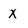
Character: X